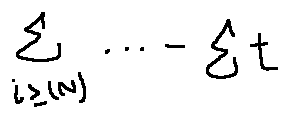
\sum \limits _ { i \geq ( N ) } \cdots - \sum t